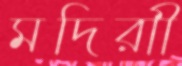
মদিরাী